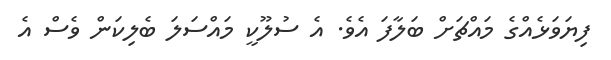
ފިޔަވަޅެއްގެ މައްޗަށް ބަލާފަ އެވެ. އެ ސުލޫކީ މައްސަލަ ބެލިކަން ވެސް އެ